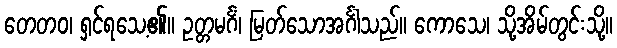
တေတဝ၊ ရှင်ရသေ့၏။ ဥတ္တမင်္ဂံ၊ မြတ်သောအင်္ဂါသည်။ ကောသေ၊ သို့အိမ်တွင်းသို့။